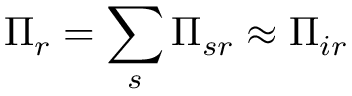
\Pi _ { r } = \sum _ { s } \Pi _ { s r } \approx \Pi _ { i r }